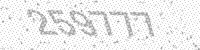
Solution: 259777